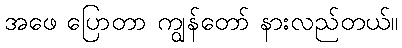
အဖေ ပြောတာ ကျွန်တော် နားလည်တယ်။